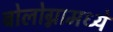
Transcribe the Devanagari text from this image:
बोलोग्नामध्ये